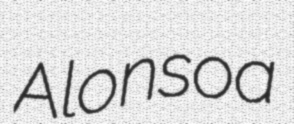
Alonsoa